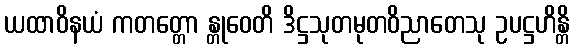
ယထာဝိနယံ ကတတ္တော န္တုဝေတိ ဒိဋ္ဌသုတမုတဝိညာတေသု ဥပဋ္ဌဟိန္တိ